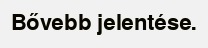
Bővebb jelentése.